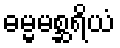
ဓမ္မမစ္ဆရိယံ